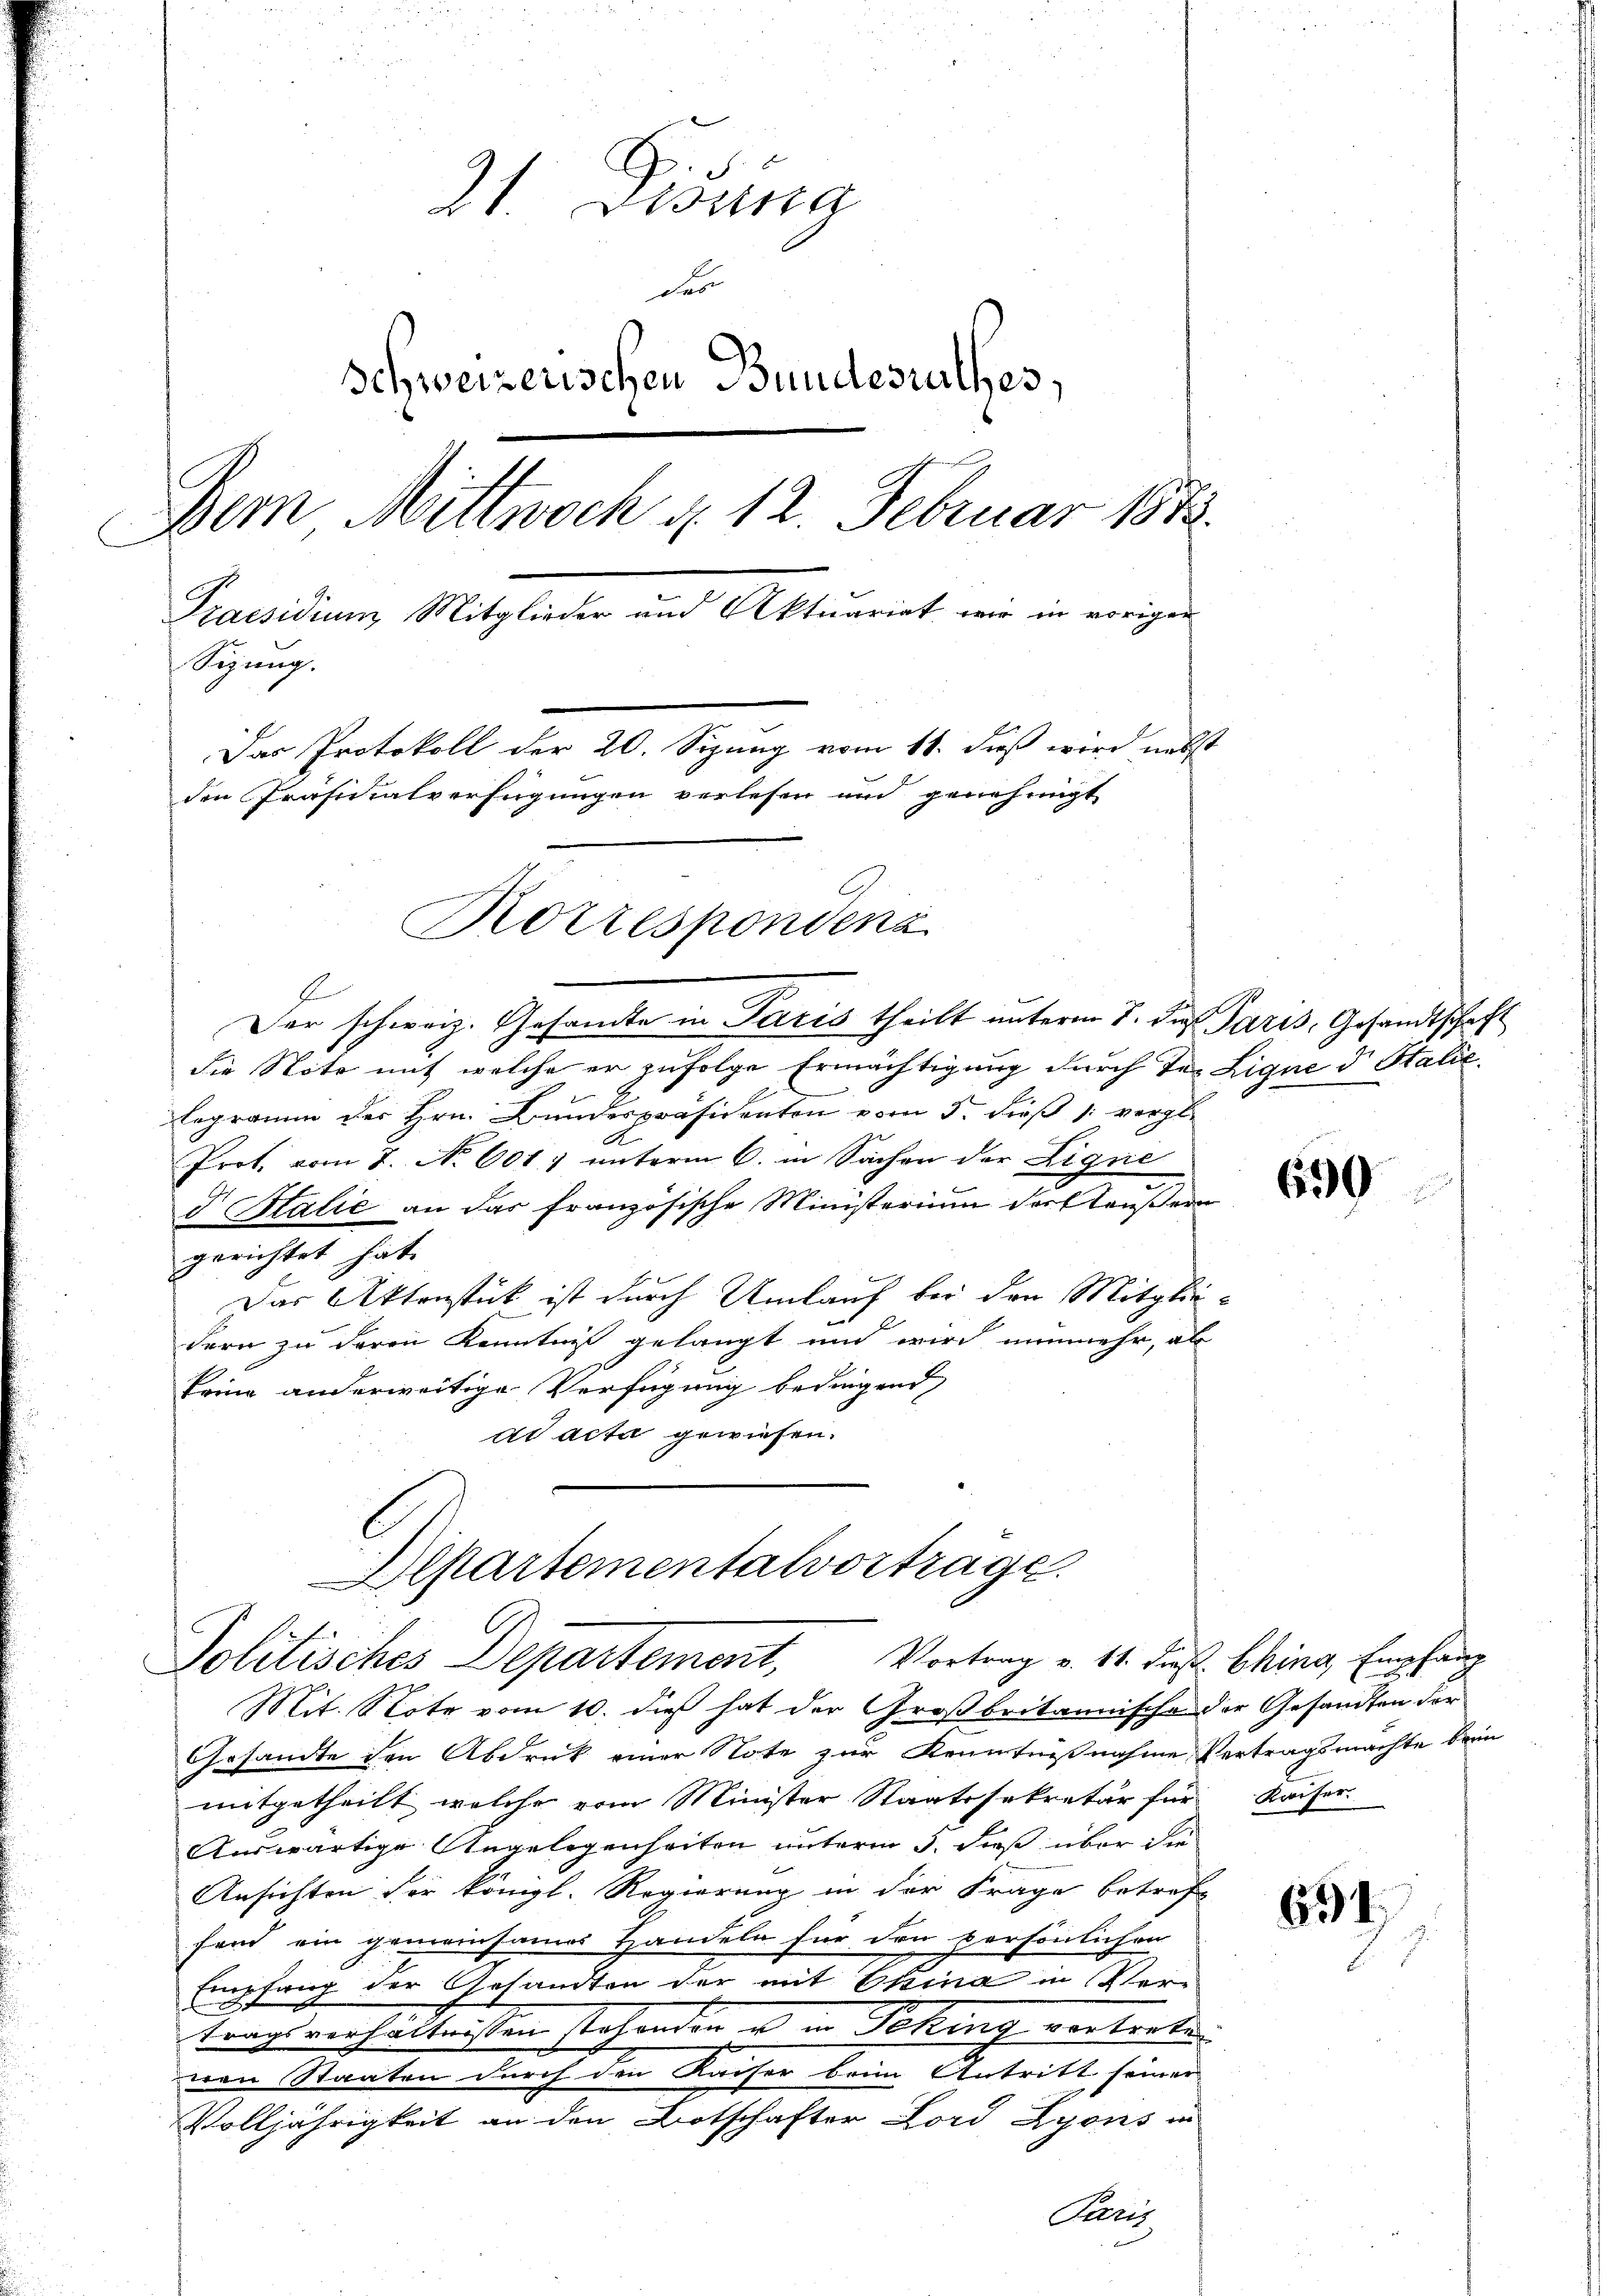
21. Dessa
der
Schweizerischen Bundesrathes,
Dem Mittwoch d. 12. Februar 1873.
E
Praesidium, Mitglieder und Aktuariat wir in vorigen
Sizung.
Das Protokoll der 20. Sizung vom 11. daß wird nebst
den Präsidialverfügungen verlesen und genehmigt
Rorrespondenz

E
die Note mit welche er zufolge Ermächtigung durch der Lique d. Stalie
e
legramm der Hrn. Bundespräsidenten vom 5. dieß 1 vergle
Prot. vom 7. No 601. unterm 6. in Sachen der Eigne
I Balić an das französische Ministerium der außern
gerichtet hat.
Das Aktenstück ist durch Umlauf bei den Mitgliedern zu deren Kenntnis gelangt und wird nunmehr, al
Frina anderweitige Verfügung bedingend
ad acta gewiesen.
Departementalvortrage.

Mit. Note vom 10. dieß hat der Großbritannische der Gesandten der
Gesandte den Abdruck einer Note zur Kenntnißnahme Vertragsmachte beim
mitgetheilt welche vom Minister Staatssekretär für Kaiser
Auswärtige Angelegenheiten unterm 5. dieß über die
Ansichten für königl. Regierung in der Frage betreff
fand ein gemeinsames Handeln für den persönlichen
Empfang der Gesandten der mit Erina in Vertrags verhältnissen stehenden u in Sching vortrete.
nen Staaten durch den Kaiser beim Antritt seiner
Volljährigkeit an den Botschafter Lord Lyons in
Chris

Der schweiz. Gesamte in Paris theilt unterm 7. die Paris, Gesandtschaft

Politisches Departement, Vortrag v. 11. dieß bling Empfang

659

61.